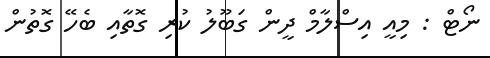
ނޯޓް : މިއީ އިސްލާމް ދީން ގަބޫލު ކުރި ގޮތާއި ބެހޭ ގޮތުން